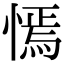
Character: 㥼